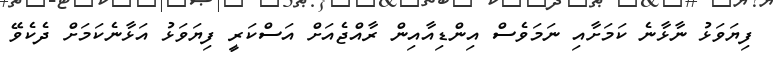
ފިޔަވަޅު ނާޅާނެ ކަމަށާއި ނަމަވެސް އިންޑިއާއިން ރާއްޖެއަށް އަސްކަރީ ފިޔަވަޅު އަޅާނެކަމަށް ދެކެވޭ